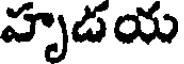
హృడయ